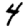
Digit: 4